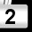
Digit: 2